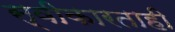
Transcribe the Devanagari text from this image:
स्वीकारताही